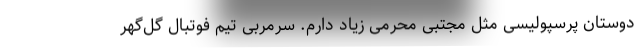
دوستان پرسپولیسی مثل مجتبی محرمی زیاد دارم. سرمربی تیم فوتبال گل‌گهر